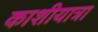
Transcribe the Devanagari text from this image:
काशीयात्रा